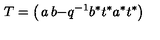
T = \left( \begin{matrix} { a } & { b } \\ { - q \sp { - 1 } b \sp * t \sp * } & { a \sp * t \sp * } \\ \end{matrix} \right) \,